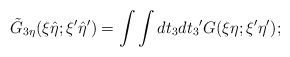
\begin{align*}{\tilde G}_{3\eta}(\xi {\hat \eta};{\xi}' {\hat \eta}') = \int \int dt_3 d{t_3}' G(\xi \eta ; {\xi}' {\eta}');\end{align*}